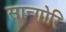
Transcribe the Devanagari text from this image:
सान्गोरि